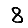
Digit: 8